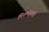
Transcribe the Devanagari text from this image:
मिशनर्‍यानी